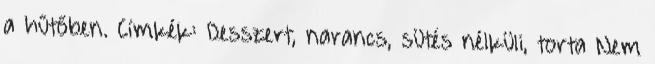
a hűtőben. Címkék: Desszert, narancs, sütés nélküli, torta Nem